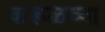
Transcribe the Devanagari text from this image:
करूळच्या